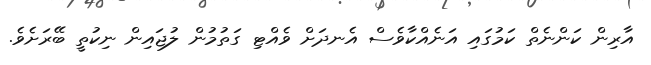
އާރިން ކަންނެތް ކަމުގައި އަނެއްކާވެސް އެނދަށް ވެއްޓި ގަތުމުން ލުޖައިން ނިކުތީ ބޭރަށެވެ.